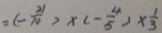
= ( - \frac { 2 1 } { 1 0 } ) \times ( - \frac { 4 } { 5 } ) \times \frac { 1 } { 3 }